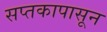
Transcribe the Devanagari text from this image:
सप्तकापासून